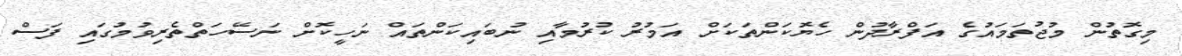
މިގޮތުން މުޖުތަމައުގެ އަފްރާދުން ހެޔޮކަންތަކަށް އަމުރު ކުރުމާއި ނުބައިކަންތައް ނަހީކޮށް ނަސޭހަތްތެރިވުމުގައި ފަސް